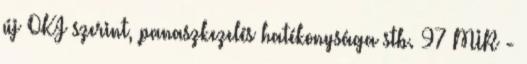
új OKJ szerint, panaszkezelés hatékonysága stb. 97 MIR -